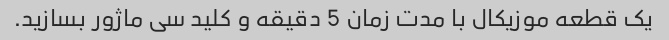
یک قطعه موزیکال با مدت زمان 5 دقیقه و کلید سی ماژور بسازید.